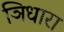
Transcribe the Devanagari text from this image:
ञिधारा